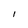
Character: I